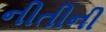
નીતીની